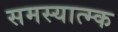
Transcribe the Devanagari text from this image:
समस्यात्म्क